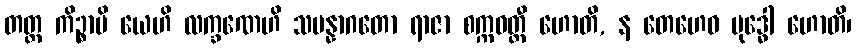
တတ္ထ ကိဉ္စာပိ ယေဟိ လက္ခဏေဟိ သမန္နာဂတော ရာဇာ စက္ကဝတ္တီ ဟောတိ, န တေဟေဝ ဗုဒ္ဓေါ ဟောတိ၊